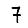
Digit: 7